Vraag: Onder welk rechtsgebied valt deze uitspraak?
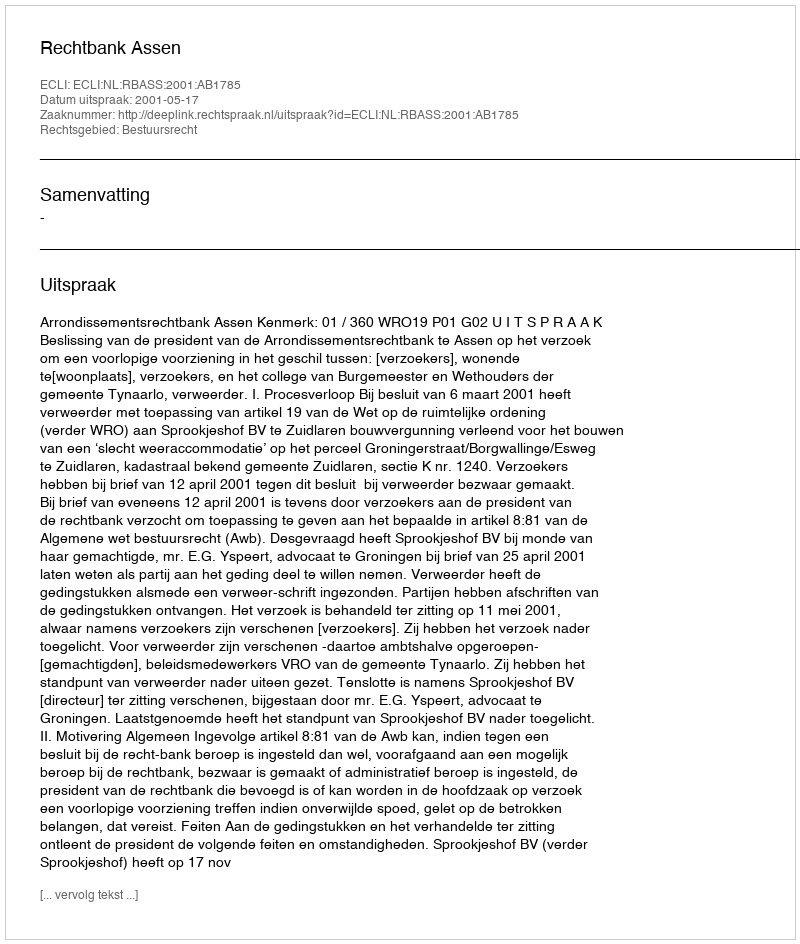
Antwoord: Bestuursrecht